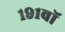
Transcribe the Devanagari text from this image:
१९१वॉ